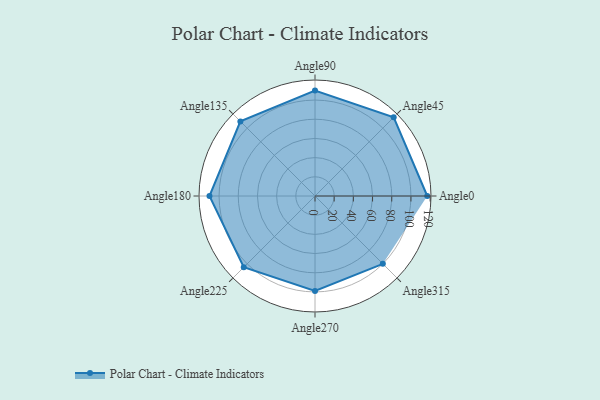
{"axis": {"x": "Angle", "y": "Radius"}, "legend": [""], "data": [{"x": "Angle0", "y": 117.0, "type": ""}, {"x": "Angle45", "y": 116.0, "type": ""}, {"x": "Angle90", "y": 110.0, "type": ""}, {"x": "Angle135", "y": 110.0, "type": ""}, {"x": "Angle180", "y": 110.0, "type": ""}, {"x": "Angle225", "y": 105.0, "type": ""}, {"x": "Angle270", "y": 99.0, "type": ""}, {"x": "Angle315", "y": 100.0, "type": ""}]}